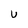
Character: U